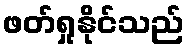
ဖတ်ရှုနိုင်သည်